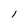
Character: 1